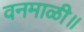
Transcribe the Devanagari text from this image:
वनमाळी॥